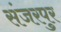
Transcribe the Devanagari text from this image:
संजरपुर